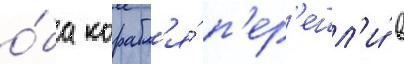
о́ба корабл'я́ п'ер'ешл'и́ в